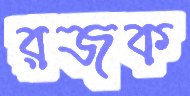
রজক